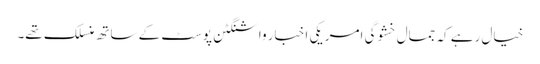
خیال رہے کہ جمال خشوگی امریکی اخبار واشنگٹن پوسٹ کے ساتھ منسلک تھے۔